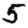
Digit: 5